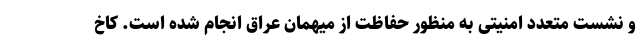
و نشست متعدد امنیتی به منظور حفاظت از میهمان عراق انجام شده است. کاخ